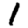
Digit: 1